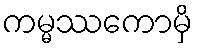
ကမ္မဿကောမှိ